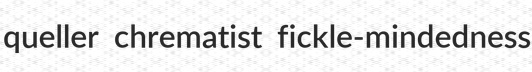
queller chrematist fickle-mindedness